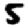
Digit: 5